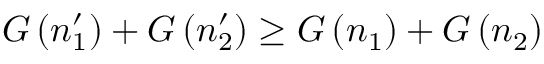
G \left( n _ { 1 } ^ { \prime } \right) + G \left( n _ { 2 } ^ { \prime } \right) \ge G \left( n _ { 1 } \right) + G \left( n _ { 2 } \right)